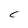
Character: C